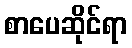
စာပေဆိုင်ရာ